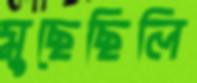
মুছেছিলি